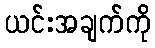
ယင်းအချက်ကို